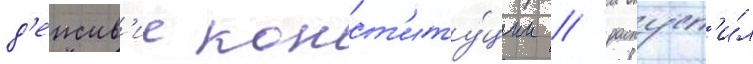
д'еиств'ие конст'иту́ции / распуст'и́л